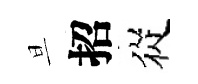
旦招從